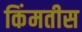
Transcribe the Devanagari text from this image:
किंमतीस